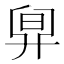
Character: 𣆼